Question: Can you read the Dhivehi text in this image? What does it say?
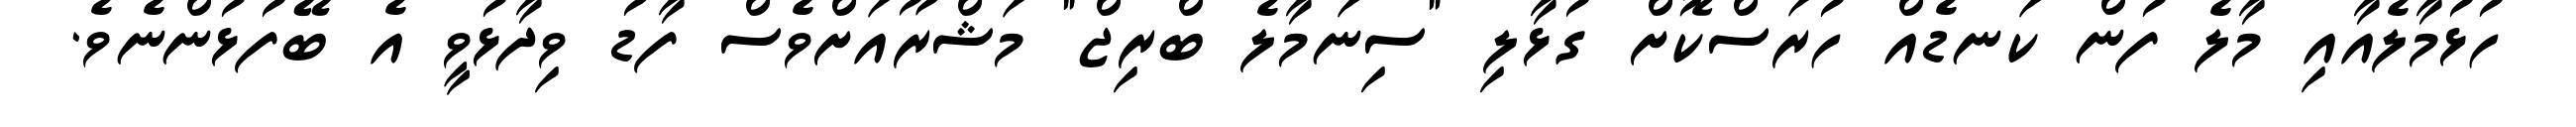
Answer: ހުޅުމާލެއާއި މާލެ ފުން ކަނޑެއް ހުރަސްކޮށް ގުޅާލި "ސިނަމާލެ ބްރިޖް" މަޝްރޫއަށްވެސް ފާޑު ވިދާޅުވީ އެ ބޭފުޅުންނެވެ.